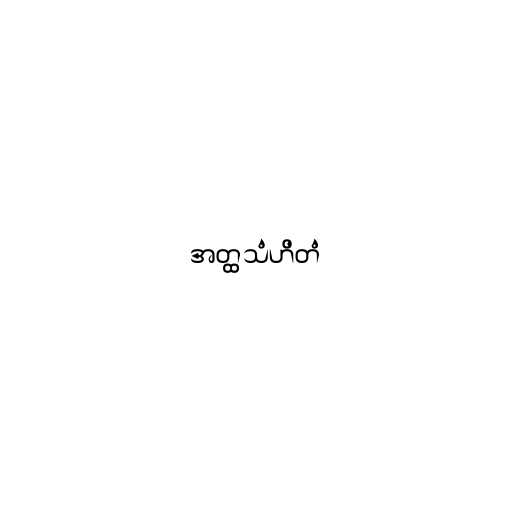
အတ္ထသံဟိတံ